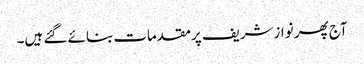
آج پھر نوازشریف پرمقدمات بنائے گئے ہیں۔